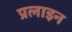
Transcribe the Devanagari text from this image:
प्रलाइन